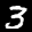
Label: 3